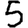
Digit: 5